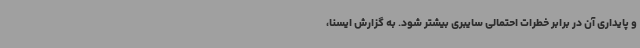
و پایداری آن در برابر خطرات احتمالی سایبری بیشتر شود. به گزارش ایسنا،